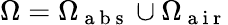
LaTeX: \Omega=\Omega_{\mathrm{~a~b~s~}}\cup\Omega_{\mathrm{~a~i~r~}}